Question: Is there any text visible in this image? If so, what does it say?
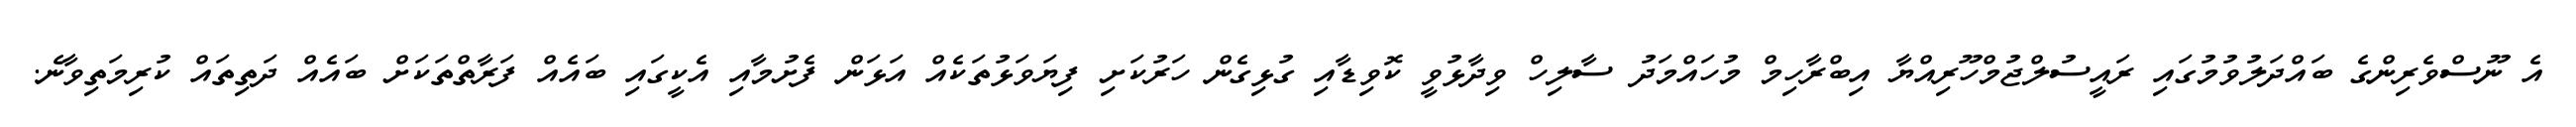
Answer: އެ ނޫސްވެރިންގެ ބައްދަލުވުމުގައި ރައީސުލްޖުމްހޫރިއްޔާ އިބްރާހިމް މުހައްމަދު ސާލިހް ވިދާޅުވީ ކޮވިޑާއި ގުޅިގެން ހަރުކަށި ފިޔަވަޅުތަކެއް އަޅަން ފެށުމާއި އެކީގައި ބައެއް ފަރާތްތަކަށް ބައެއް ދަތިތައް ކުރިމަތިވާނެ.